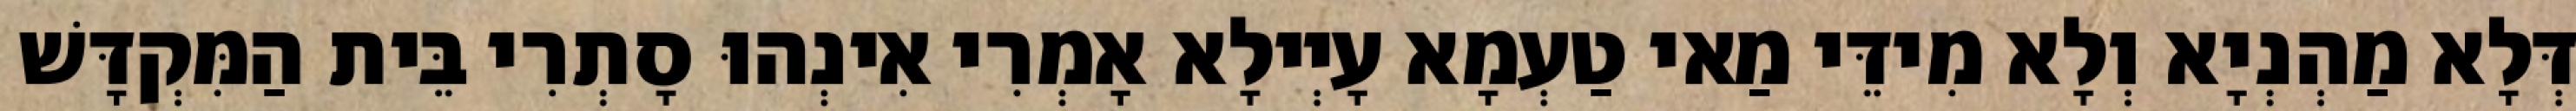
דְּלָא מַהְנְיָא וְלָא מִידֵּי מַאי טַעְמָא עָיְילָא אָמְרִי אִינְהוּ סָתְרִי בֵּית הַמִּקְדָּשׁ